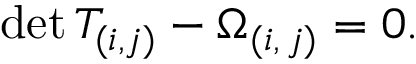
\mathrm { d e t } \, T _ { ( i , j ) } - \Omega _ { ( i , \, j ) } = 0 .